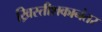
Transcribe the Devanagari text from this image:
ख्रिस्तीशकानंतर